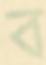
ব